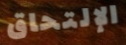
الإلتحاق